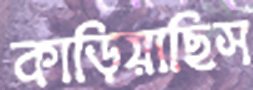
কাড়িয়াছিস